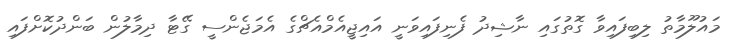
މައުލޫމާތު ލިބިފައިވާ ގޮތުގައި ނާޝިދު ފެނިފައިވަނީ އައިޖީއެމްއެޗްގެ އެމަޖެންސީ ގޭޓާ ދިމާލުން ބަންދުކޮށްފައި